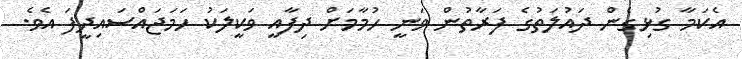
އެކަމާ ގުޅިގެން ދައުލަތުގެ ފަރާތުން ވަނީ ހުމާމަށް ދިފާއީ ވަކީލަކު ހަމަޖައްސައިދީފަ އެވެ.